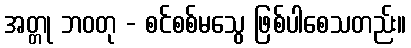
အတ္တု ဘဝတု - စင်စစ်မသွေ ဖြစ်ပါစေသတည်း။